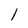
Character: l